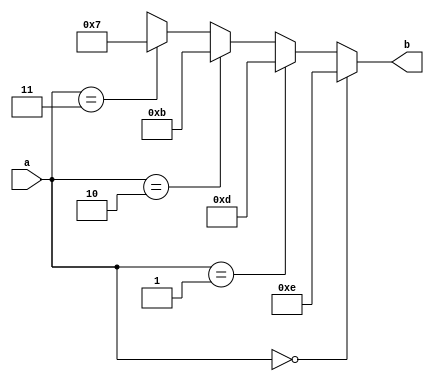
module decoder2_4_function_if
 (
 input [1:0] a,
 output reg [3:0] b
 );

  function [3:0] dc;
   input [1:0] in;
      if (in == 0)      dc = 4'b1110;
      else if (in == 1) dc = 4'b1101;
      else if (in == 2) dc = 4'b1011;
      else if (in == 3) dc = 4'b0111;
      else dc = 'bx;
   endfunction

 always @(a)
  begin
   b = dc(a);
  end

 endmodule